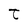
Character: t